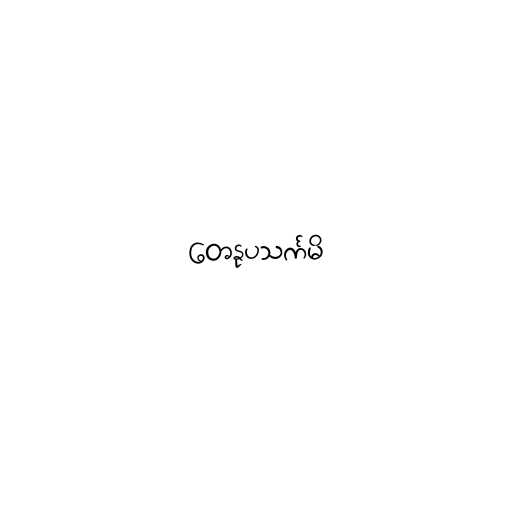
တေနုပသင်္ကမိ